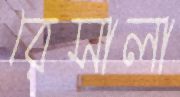
রেসালা